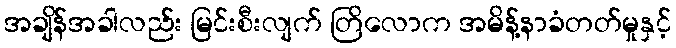
အချိန်အခါလည်း မြင်းစီးလျက် တြိလောက အမိန့်နာခံတတ်မှုနှင့်